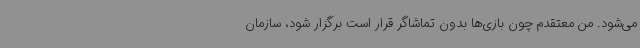
می‌شود. من معتقدم چون بازی‌ها بدون تماشاگر قرار است برگزار شود، سازمان